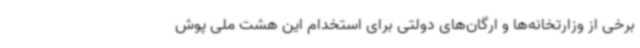
برخی از وزارتخانه‌ها و ارگان‌های دولتی برای استخدام این هشت ملی پوش